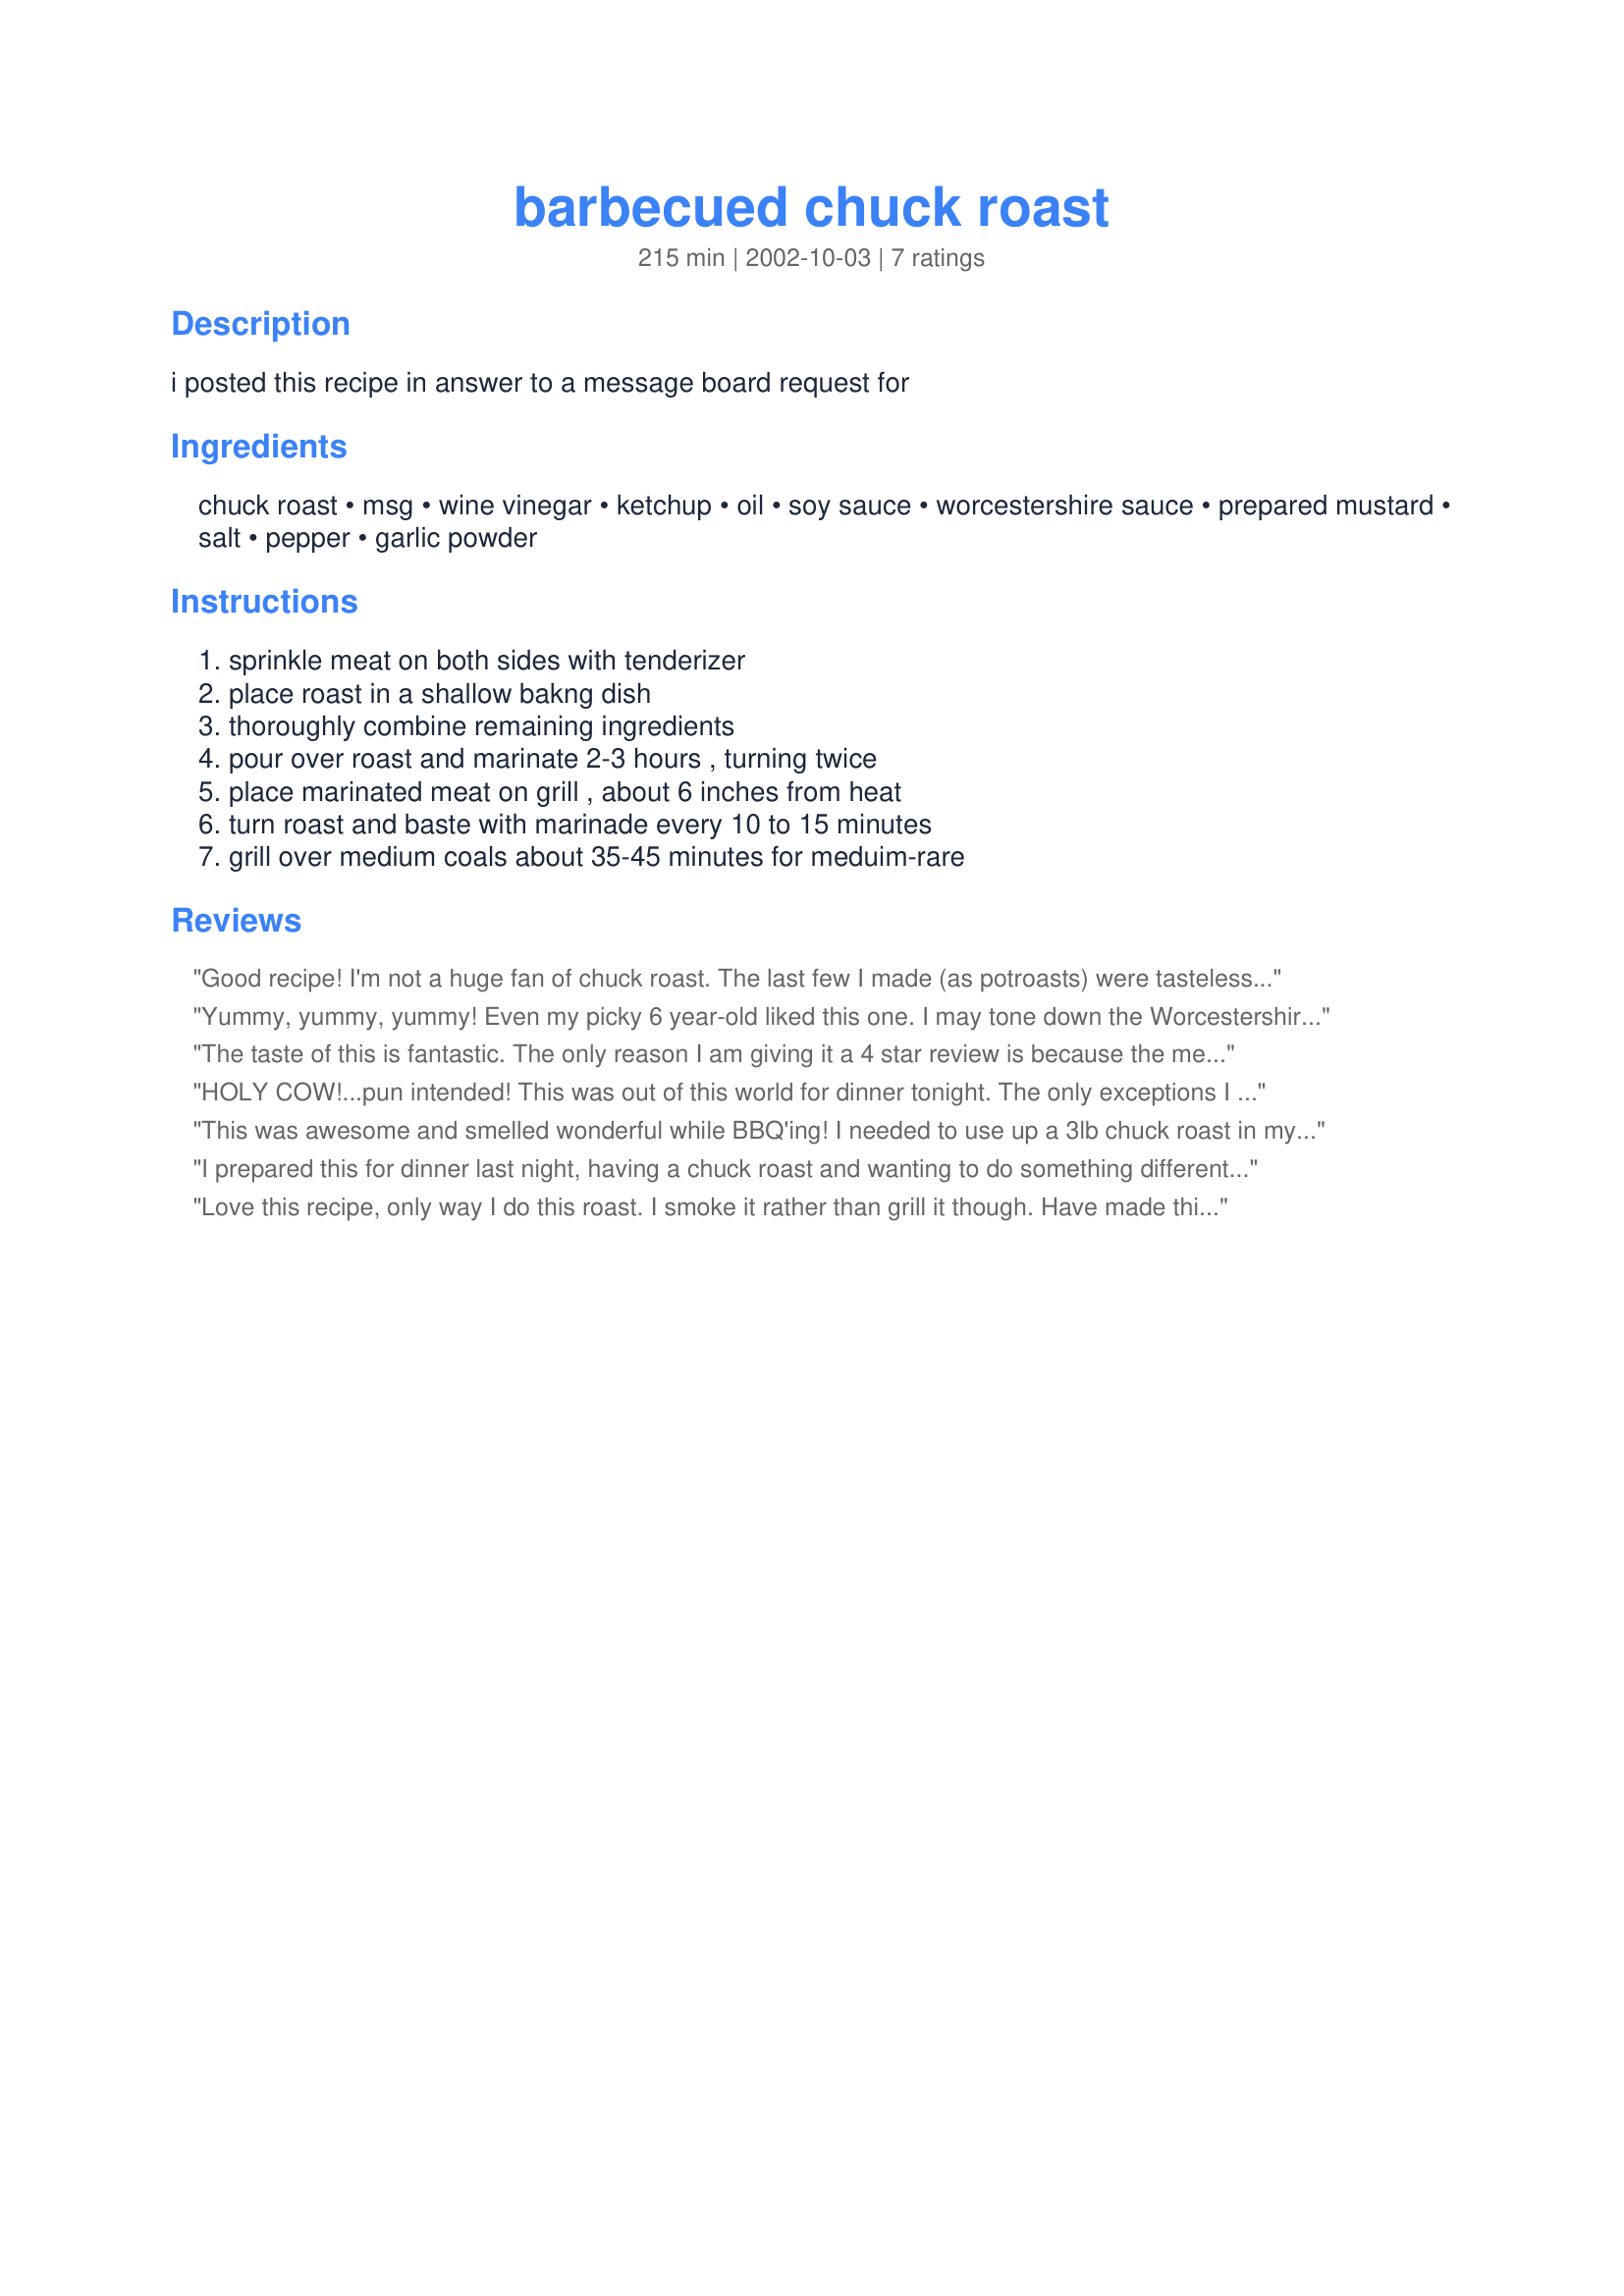
barbecued chuck roast
Preparation time: 215 minutes

i posted this recipe in answer to a message board request for

Ingredients:
chuck roast, msg, wine vinegar, ketchup, oil, soy sauce, worcestershire sauce, prepared mustard, salt, pepper, garlic powder

Steps:
sprinkle meat on both sides with tenderizer, place roast in a shallow bakng dish, thoroughly combine remaining ingredients, pour over roast and marinate 2-3 hours , turning twice, place marinated meat on grill , about 6 inches from heat, turn roast and baste with marinade every 10 to 15 minutes, grill over medium coals about 35-45 minutes for meduim-rare

Reviews:
Good recipe! I'm not a huge fan of chuck roast. The last few I made (as potroasts) were tasteless, in spite of flavorful sauces, and extremely tough. This roast was very tender, juicy and had a nice flavor. Followed the recipe exactly, except I marinated for 5 hours. I grilled for 40 min for medium (just slightly pink). Will definitely use this recipe again! Thanks!
Yummy, yummy, yummy! Even my picky 6 year-old liked this one. I may tone down the Worcestershire next time, and I used two cloves of minced garlic. We cooked over an open fire/coals and it was wonderful!
The taste of this is fantastic. The only reason I am giving it a 4 star review is because the meat wasn't as tender as I thought it would be. I think if you marinated a sirloin in this it would be better. I marinated my roast from noon until 6:30 PM and then grilled to medium-rare. I will definitely do this recipe again.
HOLY COW!...pun intended! This was out of this world for dinner tonight. The only exceptions I made were...I omitted the MSG, I JUST DON'T USE IT...I left out the salt, as I didn't feel that the marinade needed it considering the soy sauce, and I knew I'd still give a light sprinkle of sea salt just before serving anyway(along with a couple of grinds of pepper). I marinated the roast for 20 hours, as I would normally do London broil or flank steak, thus, there was no need to baste while Q'g it. This was tender, moist, and unbeilavably tasty! I just NEVER had any idea I could do this with a chuck roast, and probably initially set out to prove you wrong....I failed. I'd recommend EVERYONE try this over a more expensive cut of meat for a delicious meal! I have lots left for sandwiches. I will say that mine came out "rare" after 45 mins, but since I used charcoals, "medium" heat can be questionable at best....nothing that medium thin slices zapped in the micro for 25 secs couldn't remedy. Served with my last jar of last year's canned green beans and a can of diced water chestnuts drained and "flash fried" in bacon grease...heheeee! I can see this making its way to my grill at least once a month for great dinners, and great sandwich meat. As for anyone who doesn't want to eat this meat "tough", remember to cut against the grain, which on a chuck can require some maneuvering of the "steak". Thanks for a great idea!
This was awesome and smelled wonderful while BBQ'ing! I needed to use up a 3lb chuck roast in my freezer; it's summer and I didn't feel like the stove or crockpot, so this was the perfect recipe. I did not use MSG, only meat tenderizer, and I marinated it for 48 hours. I followed the ingredients/cooking directions exactly except left out the salt and used low sodium soy sauce; next time I will add some garlic cloves to the marinade and only keep it on the grill for the 35 minutes for a more med-rare doneness. I turned roast every 10 minutes, only basting it the last 10 minutes of cooking, turning twice those last few minutes. We had this on 4th of July with a side of baked potatoes, fresh corn on the cob and cole slaw. I'm going to try this in the crockpot in the winter and this summer, I'm going to try the marinade on a london broil or even a pork tenderloin and grill it. Will most definitely make again; thanks for posting!
I prepared this for dinner last night, having a chuck roast and wanting to do something different. I went ahead and smoked ours, because we love smoked meats. DH and I LOVED this! He ususally doesn't care for chuck roast, because of the fattiness. Like this, he gobbled it up and praised it the whole while...smoking it helped render out a LOT of the fat. The marinade gave it a perfect barbecue flavor...I didn't bother basting it as it smoked. We will be having this often. Thanks so much for posting!
Love this recipe, only way I do this roast. I smoke it rather than grill it though. Have made this several times with much delight from my family
5 stars
